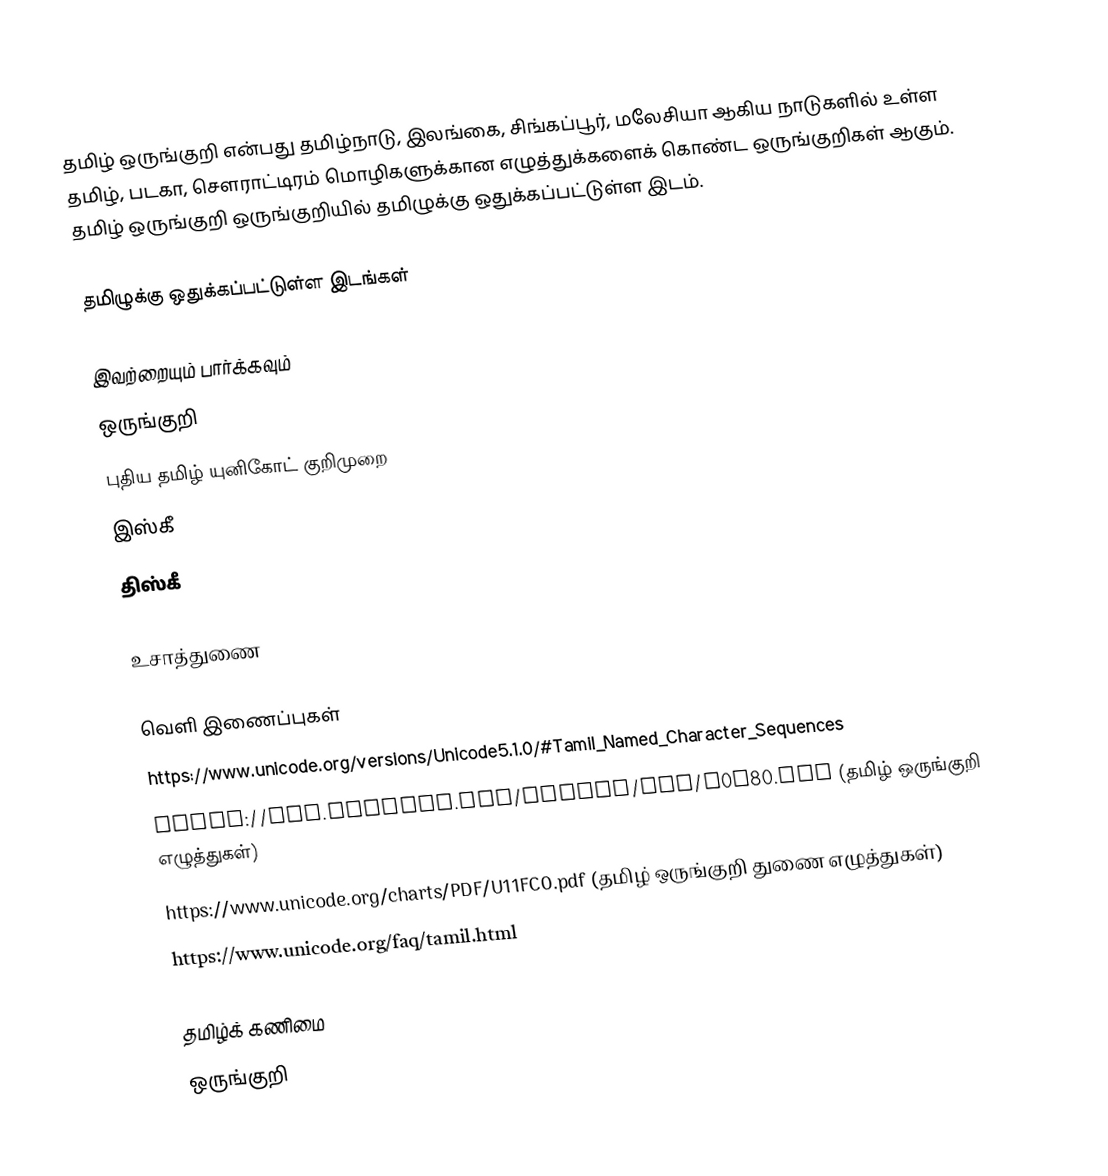
தமிழ் ஒருங்குறி என்பது தமிழ்நாடு, இலங்கை, சிங்கப்பூர், மலேசியா ஆகிய நாடுகளில் உள்ள தமிழ், படகா, சௌராட்டிரம் மொழிகளுக்கான எழுத்துக்களைக் கொண்ட ஒருங்குறிகள் ஆகும். தமிழ் ஒருங்குறி ஒருங்குறியில் தமிழுக்கு ஒதுக்கப்பட்டுள்ள இடம்.

தமிழுக்கு ஒதுக்கப்பட்டுள்ள இடங்கள்

இவற்றையும் பார்க்கவும்
 ஒருங்குறி
 புதிய தமிழ் யுனிகோட் குறிமுறை
 இஸ்கீ
 திஸ்கீ

உசாத்துணை

வெளி இணைப்புகள்
https://www.unicode.org/versions/Unicode5.1.0/#Tamil_Named_Character_Sequences
https://www.unicode.org/charts/PDF/U0B80.pdf (தமிழ் ஒருங்குறி எழுத்துகள்)
https://www.unicode.org/charts/PDF/U11FC0.pdf (தமிழ் ஒருங்குறி துணை எழுத்துகள்)
https://www.unicode.org/faq/tamil.html

தமிழ்க் கணிமை
ஒருங்குறி